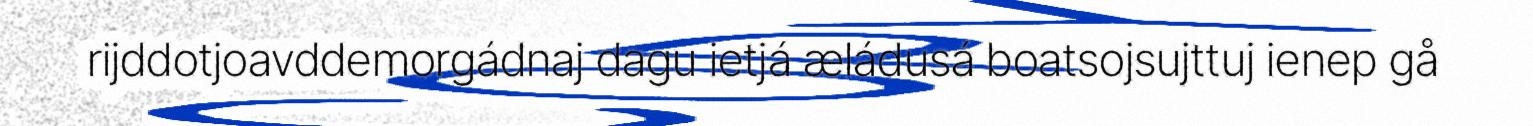
rijddotjoavddemorgádnaj dagu ietjá æládusá boatsojsujttuj ienep gå